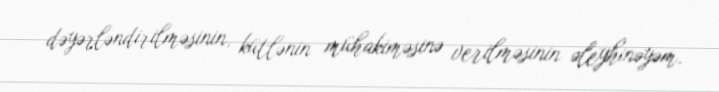
dəyərləndirilməsinin, kütlənin mühakiməsinə verilməsinin əleyhinəyəm.